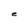
Character: e